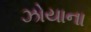
ઝોયાના